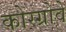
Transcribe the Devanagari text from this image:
कोस्ग्रोवे